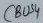
Text: CBUS4